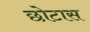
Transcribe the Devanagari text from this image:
छोटास